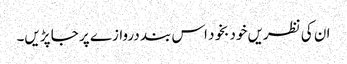
ان کی نظریں خود بخود اس بند دروازے پر جا پڑیں۔